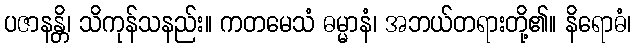
ပဇာနန္တိ၊ သိကုန်သနည်း။ ကတမေသံ ဓမ္မာနံ၊ အဘယ်တရားတို့၏။ နိရောဓံ၊